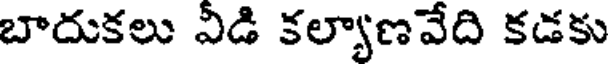
బాదుకలు వీడి కల్యాణవేది కడకు